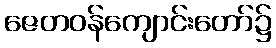
ဇေတဝန်ကျောင်းတော်၌